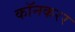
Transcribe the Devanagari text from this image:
कॉनकरर